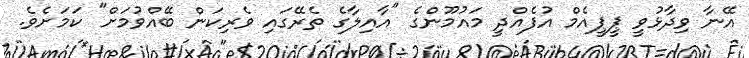
އޭނާ ވިދާޅުވީ ޕީޕީއެމް އުފެއްދީ މައުމޫންގެ "އާއިލާގެ ތެރޭގައި ވެރިކަން ބޭއްވުމަށް" ކަމަށެވެ.